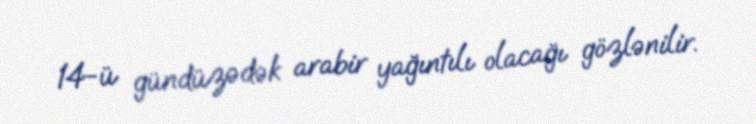
14-ü gündüzədək arabir yağıntılı olacağı gözlənilir.